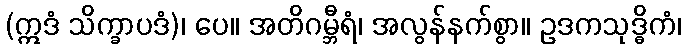
(ဣဒံ သိက္ခာပဒံ)၊ ပေ။ အတိဂမ္ဘီရံ၊ အလွန်နက်စွာ။ ဥဒကသုဒ္ဓိကံ၊